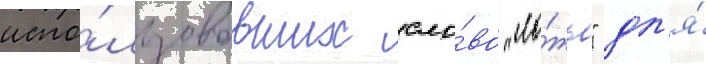
испо́льзовавших сло́во "ло́жь" дл'я́